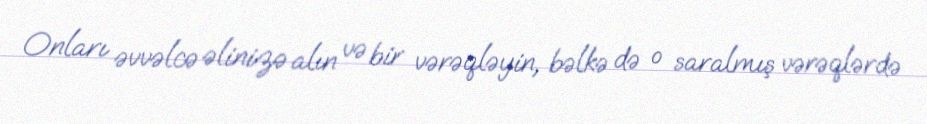
Onları əvvəlcə əlinizə alın və bir vərəqləyin, bəlkə də o saralmış vərəqlərdə